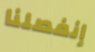
إنفصلنا